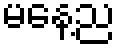
မနေ့ည